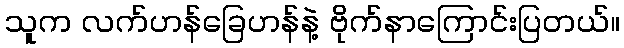
သူက လက်ဟန်ခြေဟန်နဲ့ ဗိုက်နာကြောင်းပြတယ်။